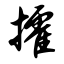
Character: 攉